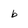
Character: b